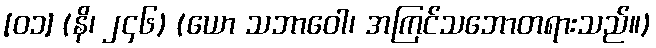
[၀၁] (နိ၊ ၂၄၆) (ယော သဘာဝေါ၊ အကြင်သဘောတရားသည်။)